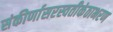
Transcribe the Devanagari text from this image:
संकीर्णासरस्वतीकंठाभरण